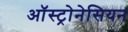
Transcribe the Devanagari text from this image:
ऑस्ट्रोनेसियन